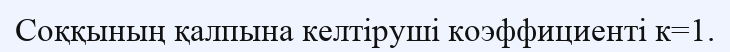
Соққының қалпына келтіруші коэффициенті к=1.